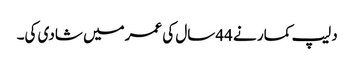
دلیپ کمار نے 44سال کی عمرمیں شادی کی۔